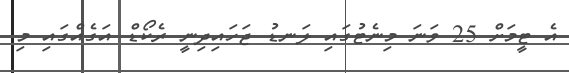
އެ ޓީމަށް 25 ވަނަ މިނެޓުގައި ލަނޑު ޖަހައިދިނީ ރެކޯޑް އަގެއްގައި މި